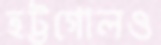
হট্টগোলও